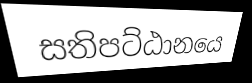
සතිපට්ඨානයෙ